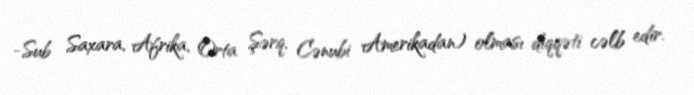
-Sub Saxara, Afrika, Orta Şərq, Cənubi Amerikadan) olması diqqəti cəlb edir.